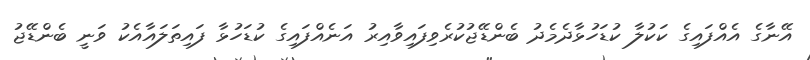
އޭނާގެ އެއްފައިގެ ކަކުލާ ކުޑަހުޅާދެމެދު ބެންޑޭޖުކުރެވިފައިވާއިރު އަނެއްފައިގެ ކުޑަހުޅާ ފައިތަލައާއެކު ވަނީ ބެންޑޭޖު